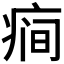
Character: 𰣯